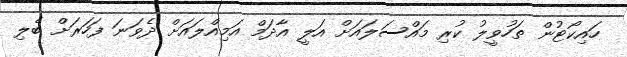
ހައިކޯޓުން ތަހުވީލު ކުރި މައްސަލައަށް އަލީ އާދަމް އަމިއްލައަށް ދެވަނަ ފަހަރަށް ބެލި